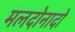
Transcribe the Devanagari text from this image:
मलदोनादो